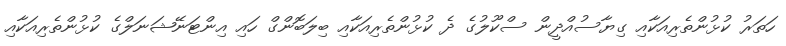
ހަތަރު ކުޅުންތެރިއަކާއި ގިޔާސުއްދީން ސްކޫލުގެ ދެ ކުޅުންތެރިއަކާއި ބިލަބޮންގް ހައި އިންޓަނޭޝަނަލްގެ ކުޅުންތެރިއަކާއި